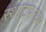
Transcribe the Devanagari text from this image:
स्थाटपत्यम